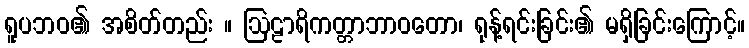
ရူပဘဝ၏ အစိတ်တည်း ။ ဩဠာရိကတ္တာဘာဝတော၊ ရုန့်ရင်းခြင်း၏ မရှိခြင်းကြောင့်။